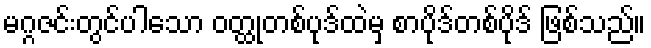
မဂ္ဂဇင်းတွင်ပါသော ဝတ္ထုတစ်ပုဒ်ထဲမှ စာပိုဒ်တစ်ပိုဒ် ဖြစ်သည်။